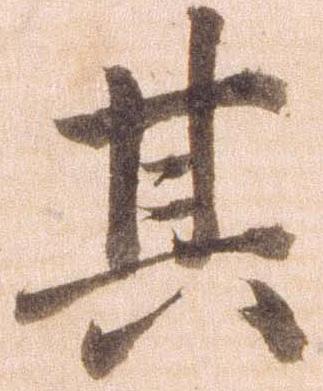
其